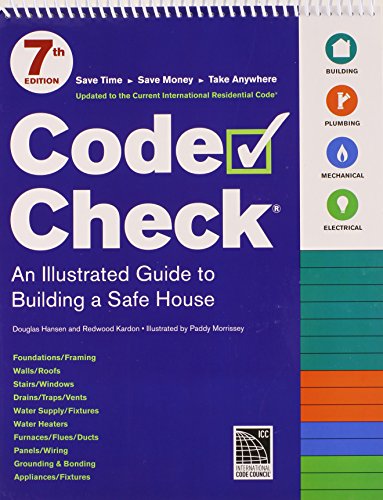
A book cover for Code Check: A Field Guide to Building a Safe House (Code Check: An Illustrated Guide to Building a Safe House); Redwood Kardon; Engineering & Transportation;